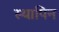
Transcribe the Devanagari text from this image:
स्थापिन